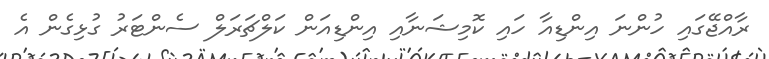
ރާއްޖޭގައި ހުންނަ އިންޑިއާ ހައި ކޮމިޝަނާއި އިންޑިއަން ކަލްޗަރަލް ސެންޓަރު ގުޅިގެން އެ